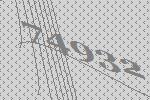
74932